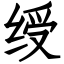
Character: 绶